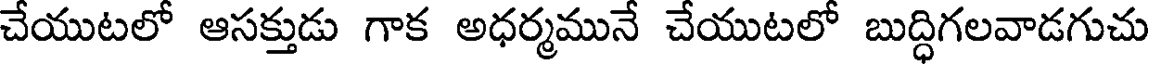
చేయుటలో ఆసక్తుడు గాక అధర్మమునే చేయుటలో బుద్ధిగలవాడగుచు